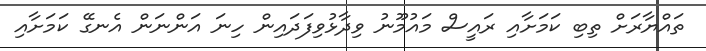
ތައްޔާރަށް ތިބި ކަމަށާއި ރައީސް މައުމޫނު ވިދާޅުވިފަދައިން ހިނަ އަންނަން އެނގޭ ކަމަށާއި